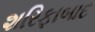
શરિફાબાદ